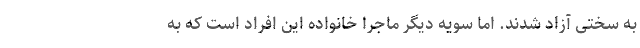
به سختی آزاد شدند. اما سویه دیگر ماجرا خانواده این افراد است که به